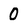
Character: 0